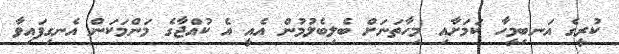
ކުރީގެ އަނބިމީހާ ކަމަށާއި މިހާތަނަށް ބެލިބެލުމުން އެއީ އެ ކުއްޖާގެ މަންމަކަން އެނގިފައިވާ